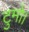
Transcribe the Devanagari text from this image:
टुमो।